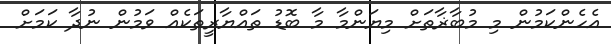
އެހެންކަމުން މި މުބާޜާތަށް މިޔަންމާ މާ ބޮޑު ތައްޔާރީތަކެއް ވަމުން ނުދާ ކަމަށް